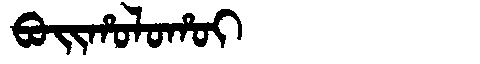
Manchu: ᠪᠣᡳᡥᠣᠯᠣᡥᠣᡳ
Romanization: BOIHOLOHOI